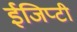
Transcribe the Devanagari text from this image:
ईजिप्टी